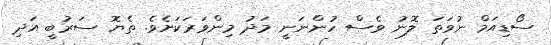
ސޯޑިއަމް ނުވަތަ ލޮނު ވެސް ހުންނަނީ މަދު މިންވަރަކަށެވެ. ތެޔޮ ސަރުބީ އަދި